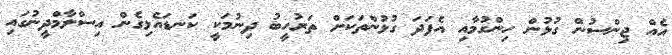
އެއް ޖިންސުން ގުޅުން ހިންގުމާއި އެފަދަ ގުޅުންތަކަށް ތަރުހީބު ދިނުމަކީ ކަނޑައެޅިގެން އިސްލާމްދީނުގައި